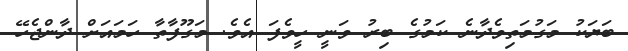
ބަޔަކު މަގުމަތިވެދާނެ ކަމުގެ ބިރު ވަނީ ހީވެފަ އެވެ. މަގޫފާތާ ހަމައަށް ދާންޖެހޭ